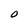
Character: O